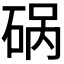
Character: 𰦿